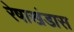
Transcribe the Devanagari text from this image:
रेषाखंडास